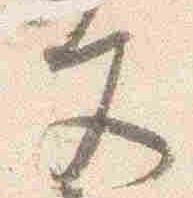
文